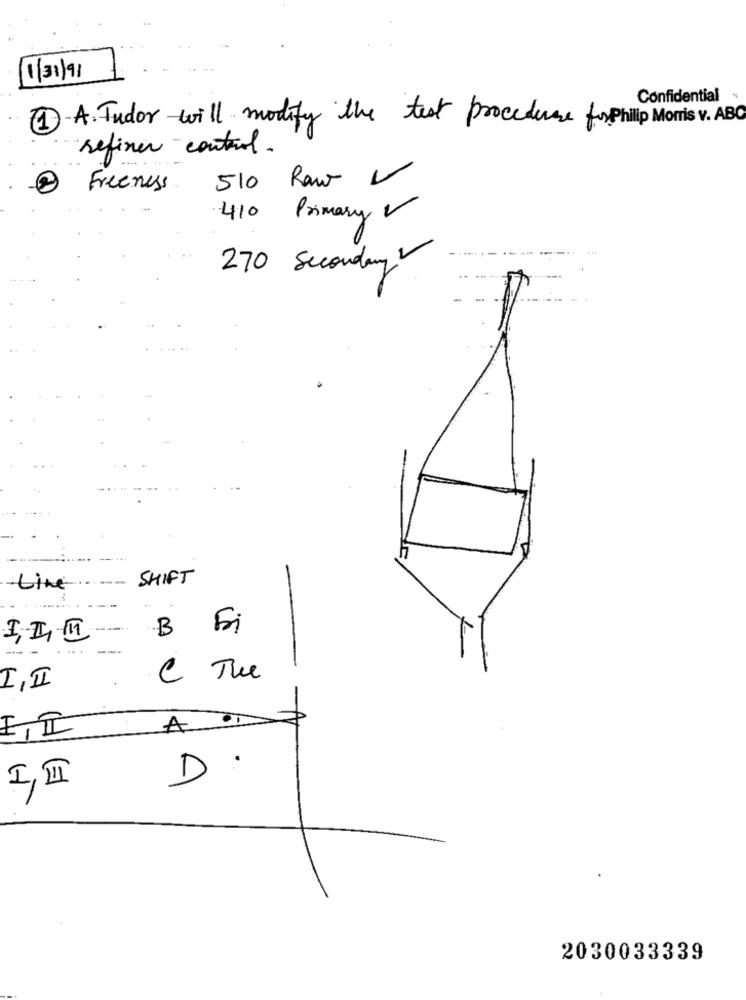
1/31/9
Confidential
1.A. Tudor will modify the test procedure for Philip Morris v. ABC
refiner control.
Freeness
510 Raw
410 Primary V
270 Secondary
-...
.......
SHIFT
Line
B Fri
e Tue
I,II
EI
A
D:
I, II
2030033339